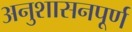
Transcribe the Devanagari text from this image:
अनुशासनपूर्ण